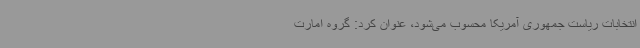
انتخابات ریاست جمهوری آمریکا محسوب می‌شود، عنوان کرد: گروه امارت